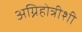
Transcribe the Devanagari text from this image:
अग्निहोत्रीशी